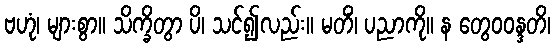
ဗဟုံ၊ များစွာ။ သိက္ခိတွာ ပိ၊ သင်၍လည်း။ မတိံ၊ ပညာကို။ န တွေဝဝန္ဒတိ၊